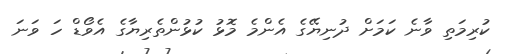
ކުރިމަތި ވާނެ ކަމަށް ދުނިޔޭގެ އެންމެ މޮޅު ކުޅުންތެރިޔާގެ އެވޯޑް ހަ ވަނަ